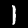
Digit: 1